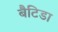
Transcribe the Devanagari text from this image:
बैटिडा